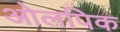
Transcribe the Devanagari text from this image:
ओलपिक